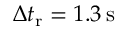
\Delta t _ { \mathrm { r } } = 1 . 3 \, \mathrm { s }